Papers set at the Examination for Leaving Certificates, 1894
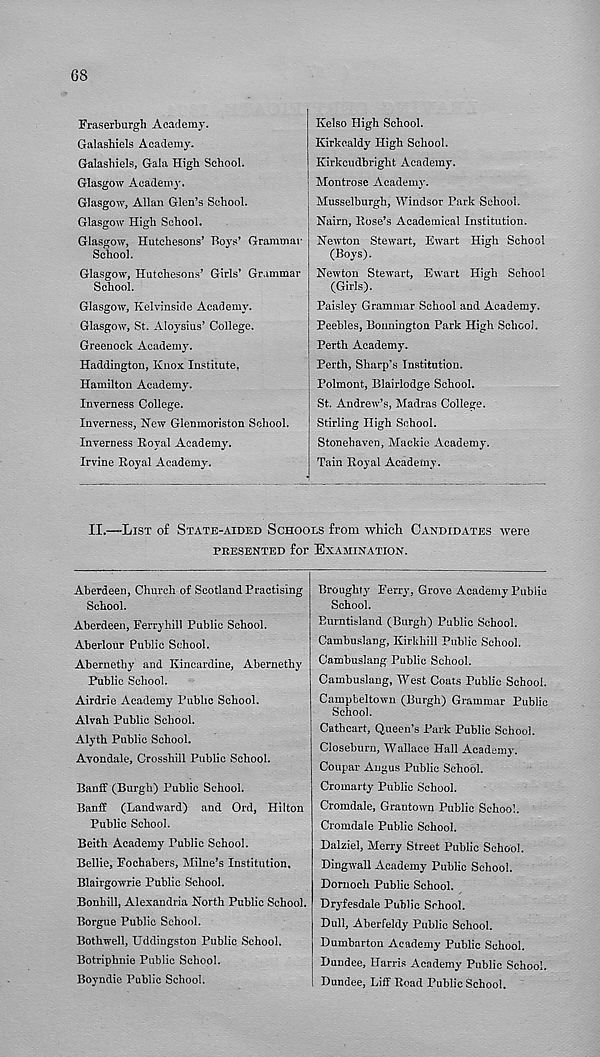
68
Fraserburgh Academy.
Galashiels Academy.
Galashiels, Gala High School.
Glasgow Academy.
Glasgow, Allan Glen’s School.
Glasgow High School.
Glasgow, Hutchesons’ Hoys’ Grammar
School.
Glasgow, Hutchesons’ Girls’ Grammar
School.
Glasgow, Kelvinskle Academy.
Glasgow, St. Aloysius’ College.
Greenock Academy.
Haddington, Knox Institute,
Hamilton Academy.
Inverness College.
Inverness, New Glenmoriston School.
Inverness Royal Academy.
Irvine Royal Academy.
Kelso High School.
Kirkcaldy High School.
Kirkcudbright Academy.
Montrose Academy.
Musselburgh, Windsor Park School.
Nairn, Rose’s Academical Institution.
Newton Stewart, Ewart High School
(Boys).
Newton Stewart, Ewart High School
(Girls).
Paisley Grammar School and Academy.
Peebles, Bounington Park High School.
Perth Academy.
Perth, Sharp’s Institution.
Polmont, Blairlodge School.
St. Andrew’s, Madras College.
Stirling High School.
Stonehaven, Mackie Academy.
Tain Royal Academy.
II.—List of State-aided Schools from which Candidates were
PRESENTED for EXAMINATION.
Aberdeen, Church of Scotland Practising
School.
Aberdeen, Ferryhill Public School.
Aberlour Public School.
Abernetby and Kincardine, Abernethy
Public School.
Airdrie Academy Public School.
Alvah Public Scbool.
Alyth Public School.
Avondale, Crossbill Public School.
Banff (Burgh) Public School.
Banff (Landward) and Ord, Hilton
Public School.
Beith Academy Public School.
Bellie, Fochabers, Milne’s Institution,
Blairgowrie Public School.
Bonhill, Alexandria North Public School.
Borgue Public School.
Bothwell, Uddingston Public School.
Botriphnie Public School.
Boyndie Public School.
Broughty Ferry, Grove Academy Public
School.
Burntisland (Burgh) Public School.
Cambuslang, Kirkhill Public School.
Cambuslang Public School.
Cambuslang, West Coats Public School.
Campbeltown (Burgh) Grammar Public
School.
Cathcart, Queen’s Park Public School.
Closeburn, Wallace Hall Academy.
Coupar Angus Public School.
Cromarty Public School.
Cromdale, Grantown Public School.
Cromdale Public School.
Dalziel, Merry Street Public School.
Dingwall Academy Public School.
Dornoch Public School.
Dryfesdale Puhlic School.
Dull, Aberfeldy Puhlic School.
Dumbarton Academy Public School.
Dundee, Harris Academy Public School.
Dundee, Liff Boad Public School.